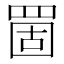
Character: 䍛